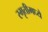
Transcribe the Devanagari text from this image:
स्मृतीमध्ये